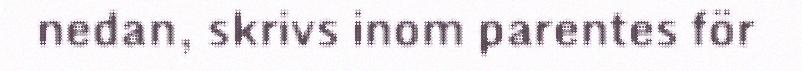
nedan, skrivs inom parentes för